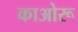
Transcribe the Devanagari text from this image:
काओरू